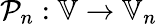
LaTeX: {\mathcal P}_{n}:\mathbb V\rightarrow\mathbb V_{n}